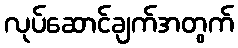
လုပ်ဆောင်ချက်အတွက်